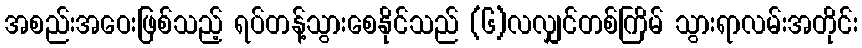
အစည်းအဝေးဖြစ်သည့် ရပ်တန့်သွားစေနိုင်သည် (၆)လလျှင်တစ်ကြိမ် သွားရာလမ်းအတိုင်း